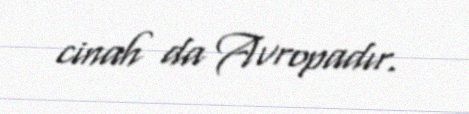
cinah da Avropadır.